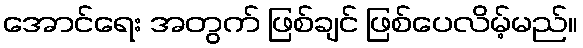
အောင်ရေး အတွက် ဖြစ်ချင် ဖြစ်ပေလိမ့်မည်။